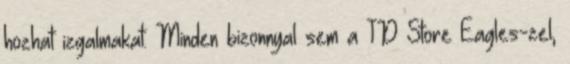
hozhat izgalmakat. Minden bizonnyal sem a TD Store Eagles-zel,